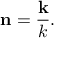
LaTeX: \mathbf { n } = { \frac { \mathbf { k } } { k } } .